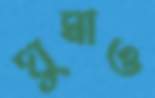
ঘুমাও